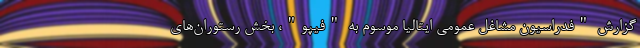
گزارش "فدراسیون مشاغل عمومی ایتالیا موسوم به "فیپو"، بخش رستوران‌های